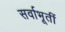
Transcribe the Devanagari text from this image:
सर्वाभूतीं